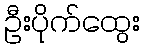
ဦးပိုက်ထွေး